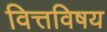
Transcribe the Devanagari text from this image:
वित्तविषय